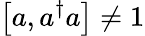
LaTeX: \left[a,a^{\dagger}a\right]\neq 1